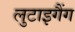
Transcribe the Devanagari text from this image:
लुटाइगैंग